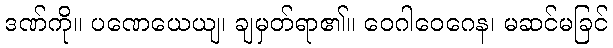
ဒဏ်ကို။ ပဏေယေယျ၊ ချမှတ်ရာ၏။ ဝေဂါဝေဂေန၊ မဆင်မခြင်